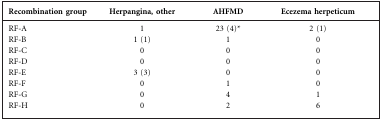
<table><thead><tr><td><b>Recombination group</b></td><td><b>Herpangina, other</b></td><td><b>AHFMD</b></td><td><b>Ecezema herpeticum</b></td></tr></thead><tbody><tr><td>RF-A</td><td>1</td><td>23 (4)*</td><td>2 (1)</td></tr><tr><td>RF-B</td><td>1 (1)</td><td>1</td><td>0</td></tr><tr><td>RF-C</td><td>0</td><td>0</td><td>0</td></tr><tr><td>RF-D</td><td>0</td><td>0</td><td>0</td></tr><tr><td>RF-E</td><td>3 (3)</td><td>0</td><td>0</td></tr><tr><td>RF-F</td><td>0</td><td>1</td><td>0</td></tr><tr><td>RF-G</td><td>0</td><td>4</td><td>1</td></tr><tr><td>RF-H</td><td>0</td><td>2</td><td>6</td></tr></tbody></table>